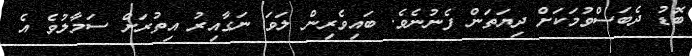
ބޮޑު ދެބަސްވުމަކަށް ދިޔަތަން ފެނުނެވެ. ބައިވެރިން ލަވަ ނަގާއިރު އިތުރަށް ސަމާލުވެ އެ